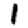
Digit: 1